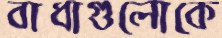
বাধাগুলোকে